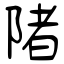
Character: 陼